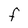
Character: F